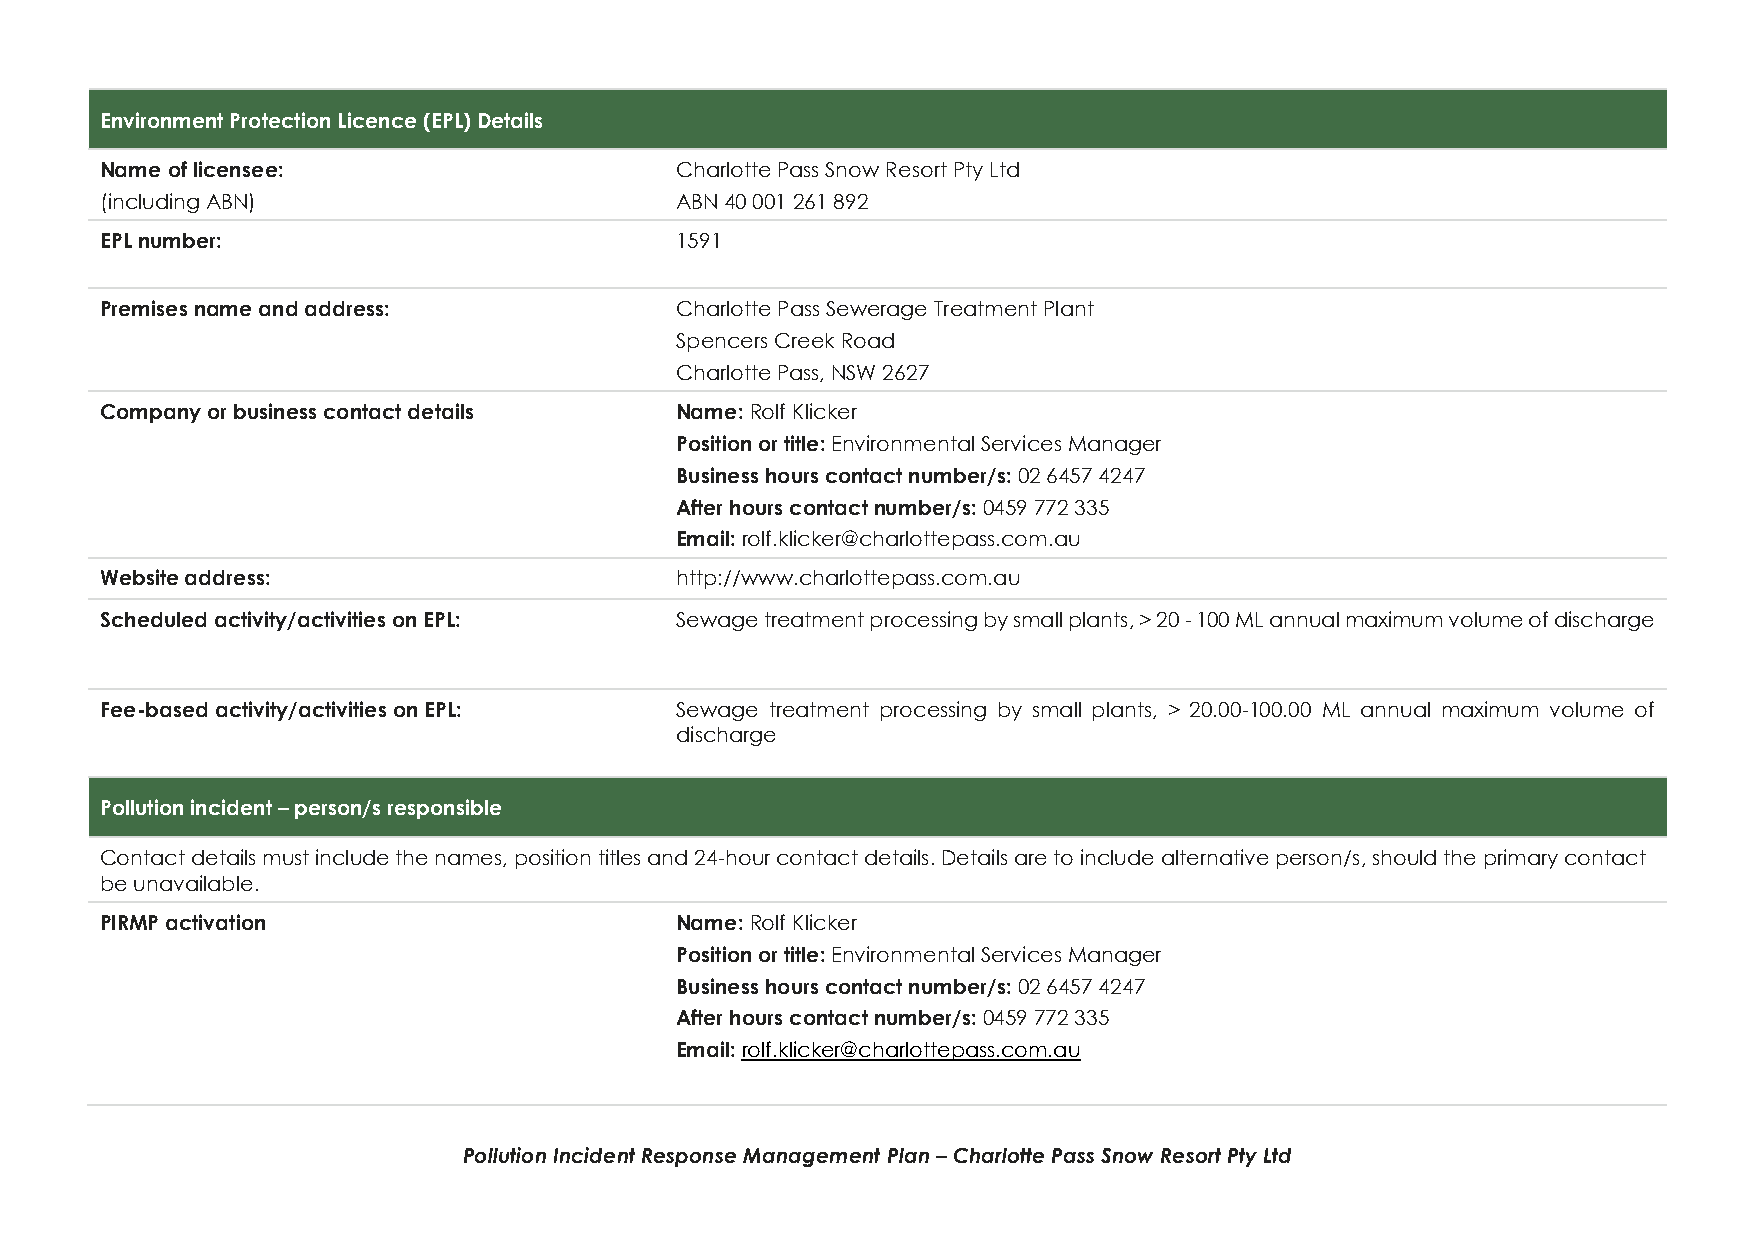
Environment Protection Licence (EPL) Details
 Name of licensee:                     Charlotte Pass Snow Resort Pty Ltd
 (including ABN)                       ABN 40 001 261 892
 EPL number:                           1591
 Premises name and address:            Charlotte Pass Sewerage Treatment Plant
 Spencers Creek Road
 Charlotte Pass, NSW 2627
 Company or business contact details   Name: Rolf Klicker
 Position or title: Environmental Services Manager
 Business hours contact number/s: 02 6457 4247
 After hours contact number/s: 0459 772 335
 Email: rolf.klicker@charlottepass.com.au
 Website address:                      http://www.charlottepass.com.au
 Scheduled activity/activities on EPL: Sewage treatment processing by small plants, > 20 - 100 ML annual maximum volume of discharge
 Fee-based activity/activities on EPL: Sewage treatment processing by small plants, > 20.00-100.00 ML annual maximum volume of
 discharge
 Pollution incident – person/s responsible
 Contact details must include the names, position titles and 24-hour contact details. Details are to include alternative person/s, should the primary contact
 be unavailable.
 PIRMP activation                      Name: Rolf Klicker
 Position or title: Environmental Services Manager
 Business hours contact number/s: 02 6457 4247
 After hours contact number/s: 0459 772 335
 Email: rolf.klicker@charlottepass.com.au
 Pollution Incident Response Management Plan – Charlotte Pass Snow Resort Pty Ltd